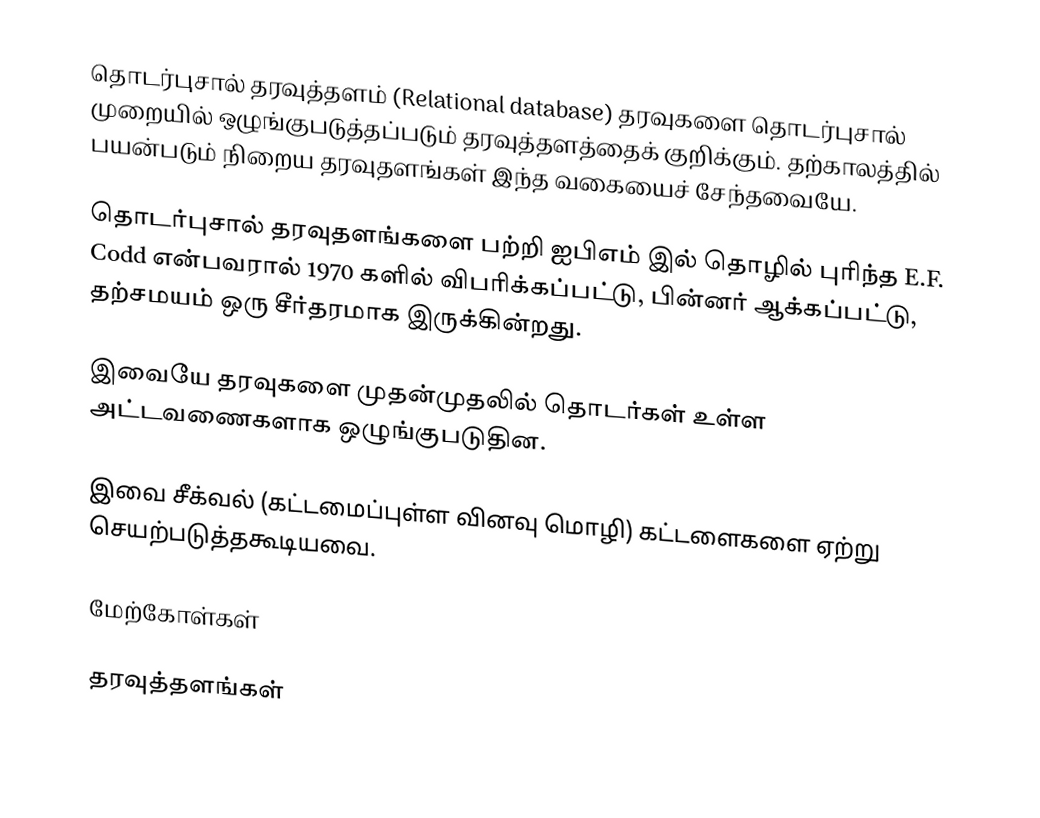
தொடர்புசால் தரவுத்தளம் (Relational database) தரவுகளை தொடர்புசால் முறையில் ஒழுங்குபடுத்தப்படும் தரவுத்தளத்தைக் குறிக்கும். தற்காலத்தில் பயன்படும் நிறைய தரவுதளங்கள் இந்த வகையைச் சேந்தவையே.

தொடர்புசால் தரவுதளங்களை பற்றி ஐபிஎம் இல் தொழில் புரிந்த E.F. Codd என்பவரால் 1970 களில் விபரிக்கப்பட்டு, பின்னர் ஆக்கப்பட்டு, தற்சமயம் ஒரு சீர்தரமாக இருக்கின்றது.

இவையே தரவுகளை முதன்முதலில் தொடர்கள் உள்ள அட்டவணைகளாக ஒழுங்குபடுதின.

இவை சீக்வல் (கட்டமைப்புள்ள வினவு மொழி) கட்டளைகளை ஏற்று செயற்படுத்தகூடியவை.

மேற்கோள்கள்

தரவுத்தளங்கள்